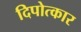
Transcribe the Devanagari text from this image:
दिपोत्कार